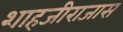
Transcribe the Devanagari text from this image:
शाहजीराजास